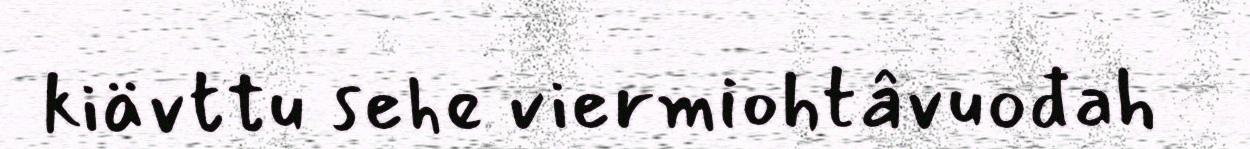
kiävttu sehe viermiohtâvuođah